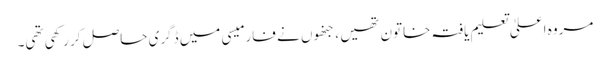
مروہ اعلیٰ تعلیم یافتہ خاتون تھیں ، جنھوں نے فارمیسی میں ڈگری حاصل کر رکھی تھی۔